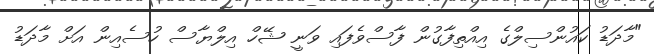
"މާދަޑު ކައުންސިލްގެ އިއްތިފާގުން ފާސްވެފައި ވަނީ ޝޭހް އިލްޔާސް ހުސެއިން އަށް މާދަޑު